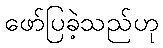
ဖော်ပြခဲ့သည်ဟု